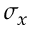
\sigma _ { x }